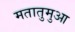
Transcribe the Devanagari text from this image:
मतातुमुआ